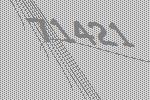
71421